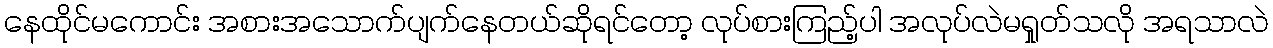
နေထိုင်မကောင်း အစားအသောက်ပျက်နေတယ်ဆိုရင်တော့ လုပ်စားကြည့်ပါ အလုပ်လဲမရှုတ်သလို အရသာလဲ